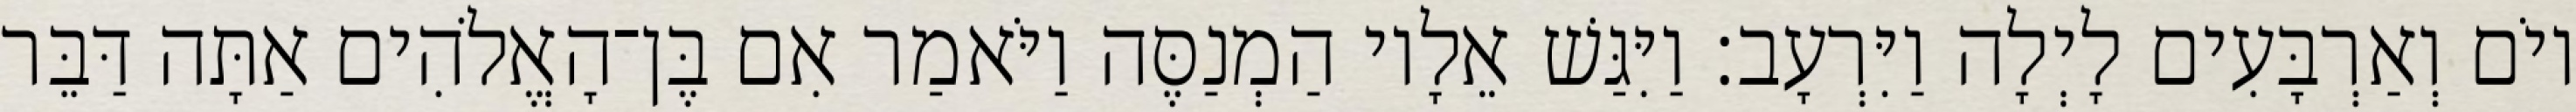
יוֹם וְאַרְבָּעִים לָיְלָה וַיִּרְעָב׃ וַיִּגַּשׁ אֵלָיו הַמְנַסֶּה וַיֹּאמַר אִם בֶּן־הָאֱלֹהִים אַתָּה דַּבֵּר